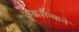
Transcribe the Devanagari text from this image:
क्रुकशैन्कने